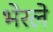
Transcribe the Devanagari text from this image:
भेरले